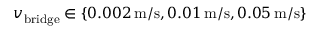
v _ { \mathrm { b r i d g e } } \in \left\{ 0 . 0 0 2 \, \mathrm { m } / \mathrm { s } , 0 . 0 1 \, \mathrm { m } / \mathrm { s } , 0 . 0 5 \, \mathrm { m } / \mathrm { s } \right\}